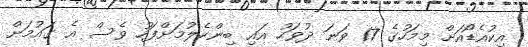
އިކުއެޑޯއަށް މިމަހުގެ 17 ވަނަ ދުވަހު އައި ބިންހެލުމަށްފަހު ވެސް އެ ގައުމަށް